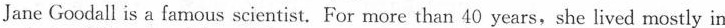
Jane Goodall is a famous scientist. For more than 40 years,she lived mostly in